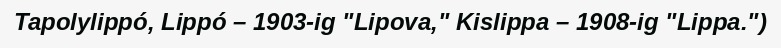
Tapolylippó, Lippó – 1903-ig "Lipova," Kislippa – 1908-ig "Lippa.")